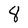
Character: 8